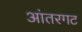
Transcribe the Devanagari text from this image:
आंतरगट